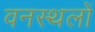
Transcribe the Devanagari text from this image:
वनस्थलों